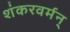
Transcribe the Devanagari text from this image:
शंकरवर्मन्